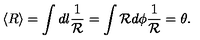
\langle R \rangle = \int d { l } \frac { 1 } { \cal R } = \int { \cal R } d \phi \frac { 1 } { \cal R } = \theta .